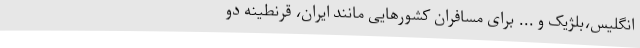
انگلیس،بلژیک و ... برای مسافران کشورهایی مانند ایران، قرنطینه دو